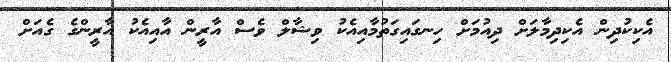
އެކިކުދިން އެކިދިމާލަށް ދިއުމަށް ހިނގައިގަތުމާއިއެކު ވިޝާލް ވެސް އާރީން އާއިއެކު އާރީންގެ ގެއަށް